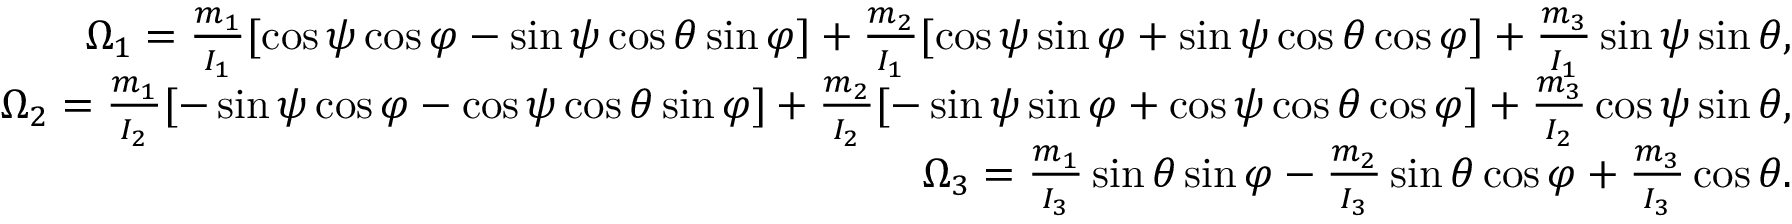
\begin{array} { r } { \Omega _ { 1 } = \frac { m _ { 1 } } { I _ { 1 } } [ \cos \psi \cos \varphi - \sin \psi \cos \theta \sin \varphi ] + \frac { m _ { 2 } } { I _ { 1 } } [ \cos \psi \sin \varphi + \sin \psi \cos \theta \cos \varphi ] + \frac { m _ { 3 } } { I _ { 1 } } \sin \psi \sin \theta , } \\ { \Omega _ { 2 } = \frac { m _ { 1 } } { I _ { 2 } } [ - \sin \psi \cos \varphi - \cos \psi \cos \theta \sin \varphi ] + \frac { m _ { 2 } } { I _ { 2 } } [ - \sin \psi \sin \varphi + \cos \psi \cos \theta \cos \varphi ] + \frac { m _ { 3 } } { I _ { 2 } } \cos \psi \sin \theta , } \\ { \Omega _ { 3 } = \frac { m _ { 1 } } { I _ { 3 } } \sin \theta \sin \varphi - \frac { m _ { 2 } } { I _ { 3 } } \sin \theta \cos \varphi + \frac { m _ { 3 } } { I _ { 3 } } \cos \theta . } \end{array}